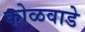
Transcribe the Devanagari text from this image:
कोळवाडे